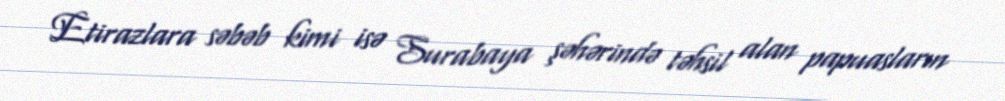
Etirazlara səbəb kimi isə Surabaya şəhərində təhsil alan papuasların